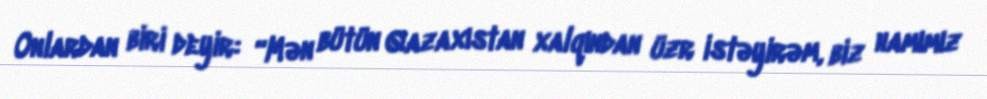
Onlardan biri deyir: “Mən bütün Qazaxıstan xalqından üzr istəyirəm, biz hamımız